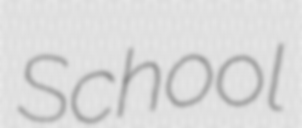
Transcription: School